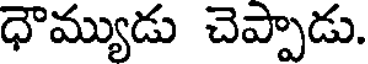
ధౌమ్యుడు చెప్పాడు.